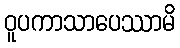
ဝူပကာသာပေဿာမိ